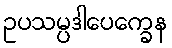
ဥပသမ္ပဒါပေက္ခေန